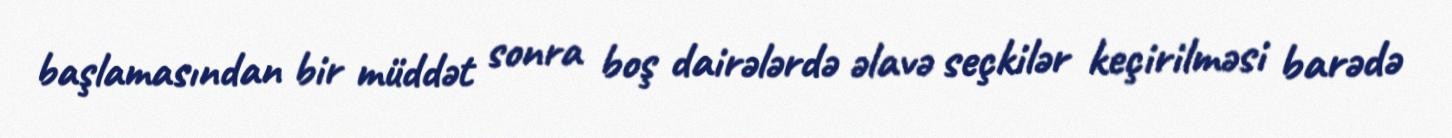
başlamasından bir müddət sonra boş dairələrdə əlavə seçkilər keçirilməsi barədə